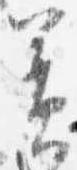
簀